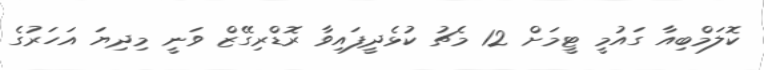
ކޮލަމްބިއާ ގައުމީ ޓީމަށް 12 މެޗު ކުޅެދީފައިވާ ރޮޑްރިގޭޒް ވަނީ މިދިޔަ އަހަރުގެ